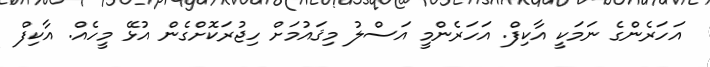
އަހަރެންގެ ނަމަކީ އާކިފް. އަހަރެންމީ އަސްލު މިޤައުމަށް ހިޖުރަކޮށްގެން އުޅޭ މީހެއް. އާކިފް